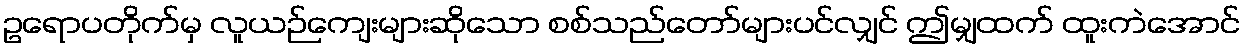
ဥရောပတိုက်မှ လူယဉ်ကျေးများဆိုသော စစ်သည်တော်များပင်လျှင် ဤမျှထက် ထူးကဲအောင်